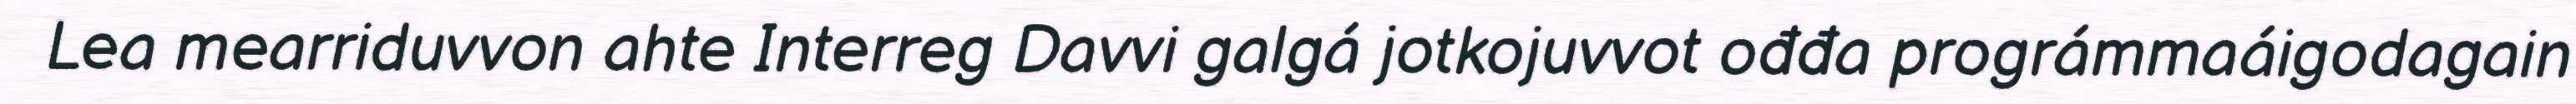
Lea mearriduvvon ahte Interreg Davvi galgá jotkojuvvot ođđa prográmmaáigodagain